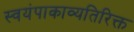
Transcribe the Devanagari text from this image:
स्वयंपाकाव्यतिरिक्त